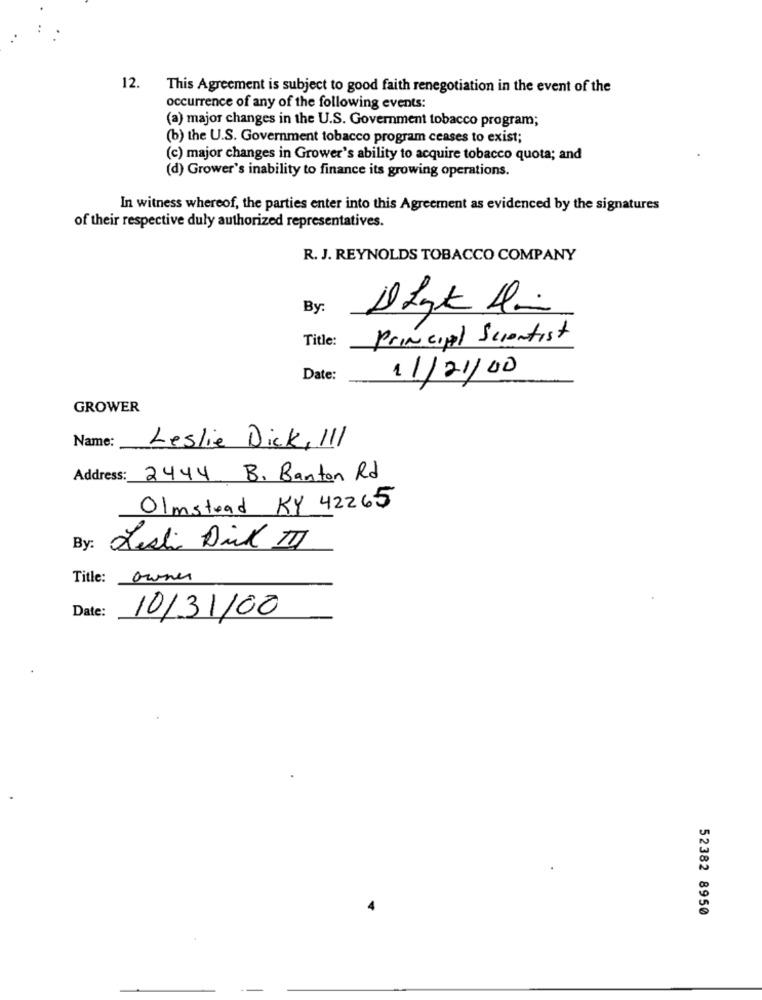
12. This Agreement is subject to good faith renegotiation in the event of the
occurrence of any of the following events:
(a) major changes in the U.S. Government tobacco program;
(b) the U.S. Government tobacco program ceases to exist;
(c) major changes in Grower's ability to acquire tobacco quota; and
(d) Grower's inability to finance its growing operations.
In witness whereof, the parties enter into this Agreement as evidenced by the signatures
of their respective duly authorized representatives.
R. J. REYNOLDS TOBACCO COMPANY
By:
Title:
Principal Scientist
Date:
11/2/00
GROWER
Name:
Leslie Dick, 111
Address:
2444 B. Banton Rd
Olmstead KY 42265
By:
Lesli Dick II
Title:
owner
Date:
10/31/00
52382 8950